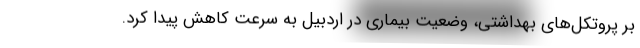
بر پروتکل‌های بهداشتی، وضعیت بیماری در اردبیل به سرعت کاهش پیدا کرد.